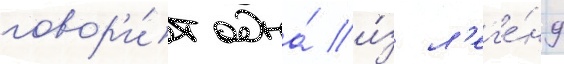
говор'и́т одна́ и́з л'ег'е́нд